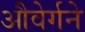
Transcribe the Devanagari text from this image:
औवेर्गने